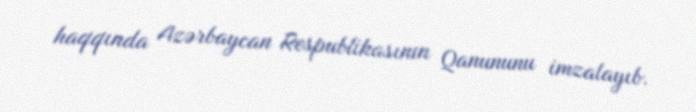
haqqında Azərbaycan Respublikasının Qanununu imzalayıb.